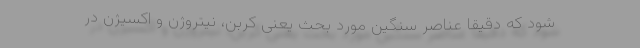
شود که دقیقاً عناصر سنگین مورد بحث یعنی کربن، نیتروژن و اکسیژن در